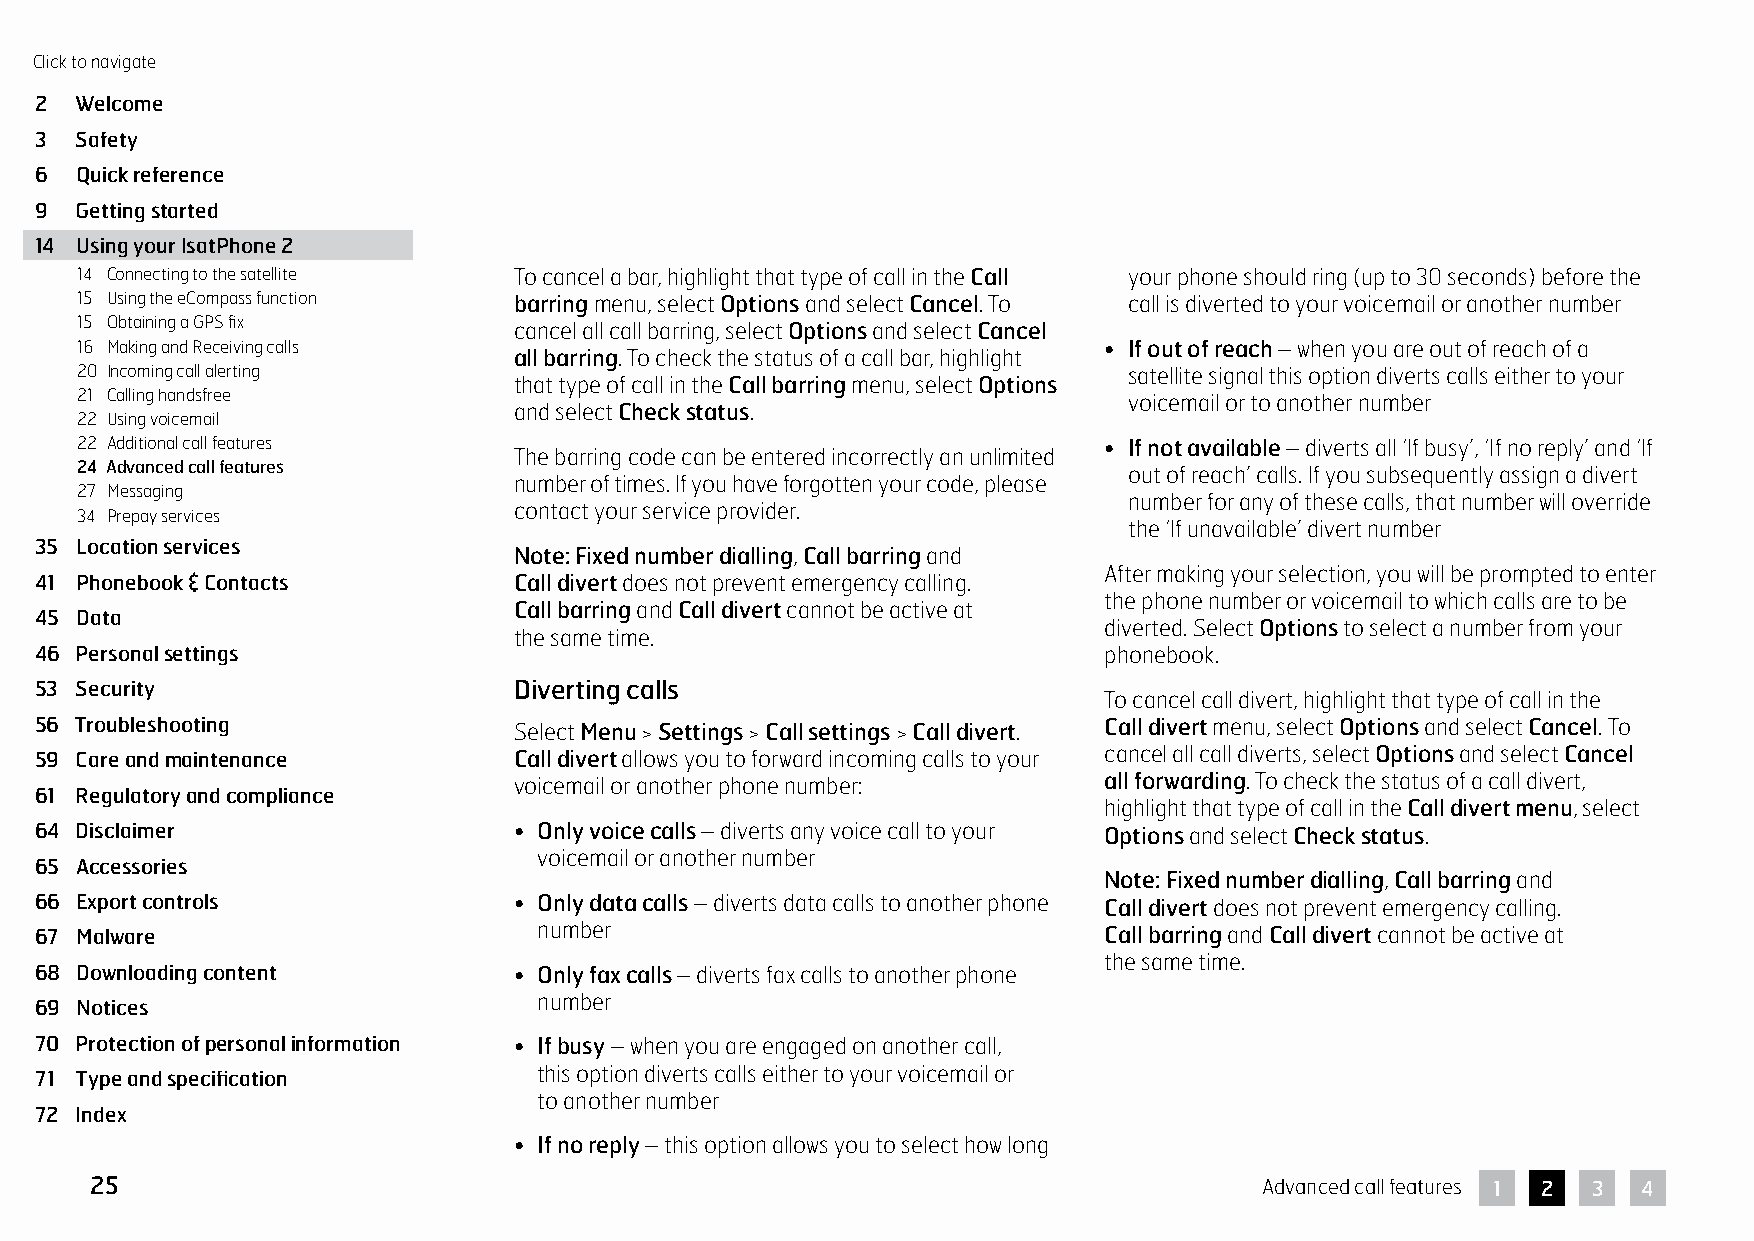
Click to navigate
 2  Welcome
 3  Safety
 6  Quick reference
 9  Getting started
 14 Using your IsatPhone 2
 14 Connecting to the satellite To cancel a bar, highlight that type of call in the Call your phone should ring (up to 30 seconds) before the
 15 Using the eCompass function barring menu, select Options and select Cancel. To call is diverted to your voicemail or another number
 15 Obtaining a GPS fix       cancel all call barring, select Options and select Cancel
 16 Making and Receiving calls                                       • If out of reach – when you are out of reach of a
 all barring. To check the status of a call bar, highlight
 20 Incoming call alerting                                             satellite signal this option diverts calls either to your
 that type of call in the Call barring menu, select Options
 21 Calling handsfree                                                  voicemail or to another number
 and select Check status.
 22 Using voicemail
 22 Additional call features                                         • If not available – diverts all ‘If busy’, ‘If no reply’ and ‘If
 The barring code can be entered incorrectly an unlimited
 24 Advanced call features                                             out of reach’ calls. If you subsequently assign a divert
 number of times. If you have forgotten your code, please
 27 Messaging
 number for any of these calls, that number will override
 contact your service provider.
 34 Prepay services
 the ‘If unavailable’ divert number
 35 Location services
 Note: Fixed number dialling, Call barring and
 After making your selection, you will be prompted to enter
 41 Phonebook & Contacts         Call divert does not prevent emergency calling.
 the phone number or voicemail to which calls are to be
 Call barring and Call divert cannot be active at
 45 Data
 diverted. Select Options to select a number from your
 the same time.
 46 Personal settings                                                   phonebook.
 53 Security                     Diverting calls
 To cancel call divert, highlight that type of call in the
 56 Troubleshooting              Select Menu > Settings > Call settings > Call divert. Call divert menu, select Options and select Cancel. To
 59 Care and maintenance         Call divert allows you to forward incoming calls to your cancel all call diverts, select Options and select Cancel
 voicemail or another phone number:     all forwarding. To check the status of a call divert,
 61 Regulatory and compliance
 highlight that type of call in the Call divert menu, select
 64 Disclaimer                   • Only voice calls – diverts any voice call to your Options and select Check status.
 voicemail or another number
 65 Accessories
 Note: Fixed number dialling, Call barring and
 66 Export controls              • Only data calls – diverts data calls to another phone Call divert does not prevent emergency calling.
 67 Malware                        number                               Call barring and Call divert cannot be active at
 the same time.
 68 Downloading content          • Only fax calls – diverts fax calls to another phone
 number
 69 Notices
 70 Protection of personal information • If busy – when you are engaged on another call,
 this option diverts calls either to your voicemail or
 71 Type and specification
 to another number
 72 Index
 • If no reply – this option allows you to select how long
 25                                                                            Advanced call features 1 2 3 4